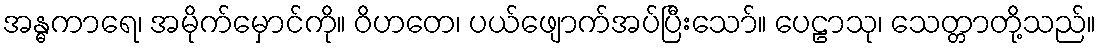
အန္ဓကာရေ၊ အမိုက်မှောင်ကို။ ဝိဟတေ၊ ပယ်ဖျောက်အပ်ပြီးသော်။ ပေဠာသု၊ သေတ္တာတို့သည်။